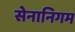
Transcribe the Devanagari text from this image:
सेनानिगम